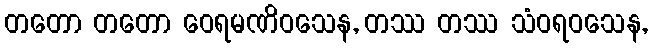
တတော တတော ဝေရမဏိဝသေန, တဿ တဿ သံဝရဝသေန,